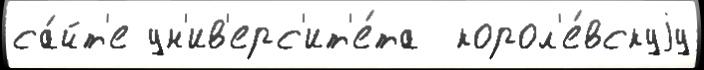
са́йт'е ун'ив'ерс'ит'е́та  корол'е́вскуjу